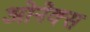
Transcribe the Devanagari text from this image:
ओनेक्स